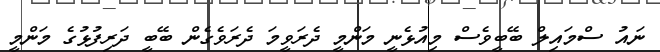
ނައު ސްމައިލް ބޭބީވެސް މިއުޅެނީ މަންމީ ދެރަވީމަ ދެރަވެގެން ބޭބީ ދަރިފުޅުގެ މަންމީ